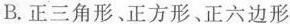
B.正三角形、正方形、正六边形